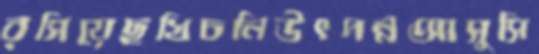
রসিয়েছখিচনিউৎপন্নআসুসি